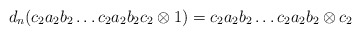
\begin{align*}d_n(c_2a_2b_2 \dots c_2a_2b_2c_2 \otimes 1) = c_2a_2b_2 \dots c_2a_2b_2 \otimes c_2\end{align*}